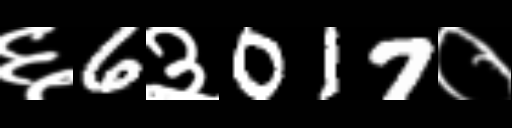
Text: ६6३017०